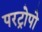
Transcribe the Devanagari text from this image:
परट्रोपो